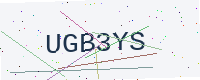
Text: UGB3YS